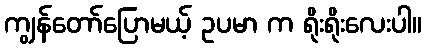
ကျွန်တော်ပြောမယ့် ဥပမာ က ရိုးရိုးလေးပါ။